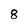
Character: 8